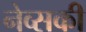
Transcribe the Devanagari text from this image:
नेव्सकी